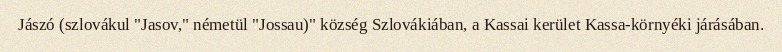
Jászó (szlovákul "Jasov," németül "Jossau)" község Szlovákiában, a Kassai kerület Kassa-környéki járásában.